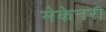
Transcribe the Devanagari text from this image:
मेकेनरी